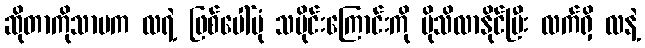
ဆိုတာကိုသာမက လရဲ့ ဖြစ်ပေါ်ပုံ သမိုင်းကြောင်းကို ပိုသိလာနိုင်ပြီး လက်ရှိ လနဲ့